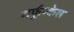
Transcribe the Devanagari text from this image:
गर्फुन्केल